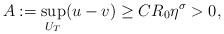
LaTeX: \begin{align*}A:=\sup_{U_{T}} (u-v)\geq CR_{0}\eta^{\sigma}>0,\end{align*}